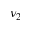
\nu _ { 2 }